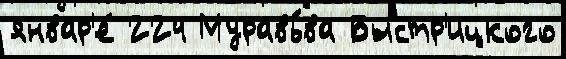
январ'е́ 224 Муравь́ва Быстр'ицкого